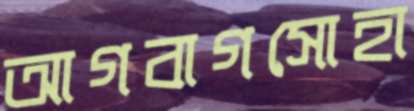
আগবাগসোহা